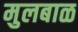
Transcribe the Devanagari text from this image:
मुलबाळ